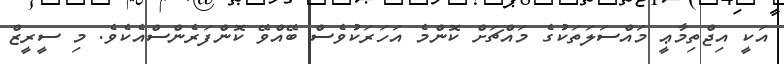
އަކީ އިޖްތިމާޢީ މައްސަލަތަކުގެ މައްޗަށް ކޮންމެ އަހަރަކުވެސް ބޭއްވޭ ކޮންފަރެންސްއެކެވެ. މި ސީރީޒް